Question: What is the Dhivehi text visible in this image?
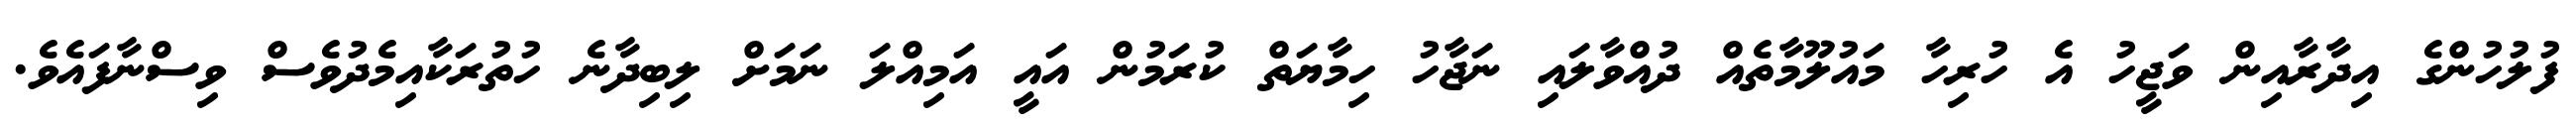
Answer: ފުލުހުންގެ އިދާރާއިން ވަޖީހު އެ ހުރިހާ މައުލޫމާތެއް ދުއްވާލައި ނަޖާހު ހިމާޔަތް ކުރަމުން އައީ އަމިއްލަ ނަމަށް ލިބިދާނެ ހުތުރަކާއިމެދުވެސް ވިސްނާފައެވެ.